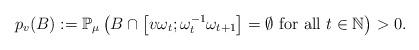
LaTeX: \begin{align*}p_{v}(B):=\mathbb{P}_{\mu}\left(B\cap\left[v\omega_{t};\omega_{t}^{-1}\omega_{t+1}\right]=\emptyset\mbox{ for all }t\in\mathbb{N}\right)>0.\end{align*}